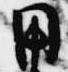
用